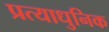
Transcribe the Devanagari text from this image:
प्रत्याधुनिक